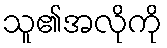
သူ၏အလိုကို